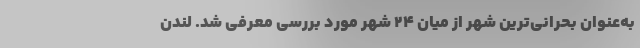
به‌عنوان بحرانی‌ترین شهر از میان ۲۴ شهر مورد بررسی معرفی شد. لندن